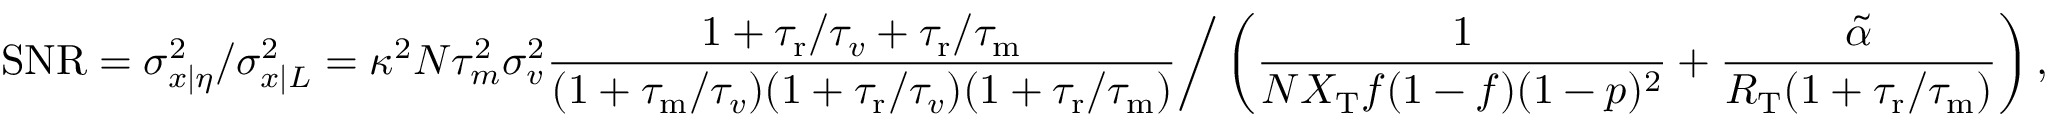
\mathrm { S N R } = \sigma _ { x | \eta } ^ { 2 } / \sigma _ { x | L } ^ { 2 } = \kappa ^ { 2 } N \tau _ { m } ^ { 2 } \sigma _ { v } ^ { 2 } \frac { 1 + { \tau _ { \mathrm { r } } } / { \tau _ { v } } + { \tau _ { \mathrm { r } } } / { \tau _ { \mathrm { m } } } } { ( 1 + { \tau _ { \mathrm { m } } } / { \tau _ { v } } ) ( 1 + { \tau _ { \mathrm { r } } } / \tau _ { v } ) ( 1 + { \tau _ { \mathrm { r } } } / { \tau _ { \mathrm { m } } } ) } \bigg / \left( \frac { 1 } { N X _ { \mathrm { T } } f ( 1 - f ) ( 1 - p ) ^ { 2 } } + \frac { \tilde { \alpha } } { R _ { \mathrm { T } } ( 1 + { \tau _ { \mathrm { r } } } / { \tau _ { \mathrm { m } } } ) } \right) ,